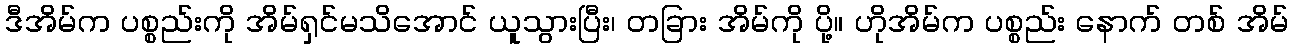
ဒီအိမ်က ပစ္စည်းကို အိမ်ရှင်မသိအောင် ယူသွားပြီး၊ တခြား အိမ်ကို ပို့။ ဟိုအိမ်က ပစ္စည်း နောက် တစ် အိမ်